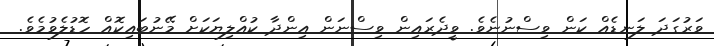
ވަރުގަދަ ލަނޑެއް ކަން ވިސްނުނެވެ. ވީދެރައިން ވިސްނަން އިންދާ ކުއްލިޔަކަށް މޭނުބައިކޮއް ހޮޑުލެވުމެވެ.